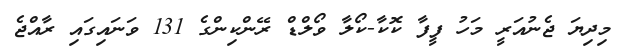
މިދިޔަ ޖެނުއަރީ މަހު ފީފާ ކޮކާ-ކޯލާ ވޯލްޑް ރޭންކިންގެ 131 ވަނައިގައި ރާއްޖެ